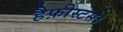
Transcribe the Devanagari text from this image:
हैफ़ीस्टस।